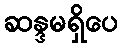
ဆန္ဒမရှိပေ